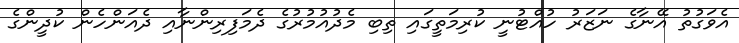
އެވަގުތު އޭނާގެ ނަޒަރު ހުއްޓުނީ ކުރިމަތީގައި ތިބި މެދުއުމުރުގެ ދެމަފިރިންނާއި ދެއަންހެން ކުދީންގެ